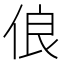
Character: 俍